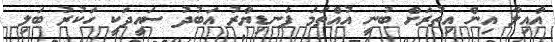
އާއިލާ އިން އިތުރަށް ބުނީ އުއްތަމަ ފަނޑިޔާރު އަބުދު ސައީދަކީ ހަކުރު ބަލި